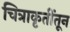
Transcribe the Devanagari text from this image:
चित्राकृतींतून